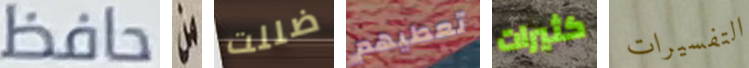
حافظ من ضللت تعطيهم كثيرات التفسيرات